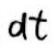
$d \tau$